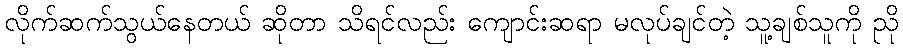
လိုက်ဆက်သွယ်နေတယ် ဆိုတာ သိရင်လည်း ကျောင်းဆရာ မလုပ်ချင်တဲ့ သူ့ချစ်သူကို ညို